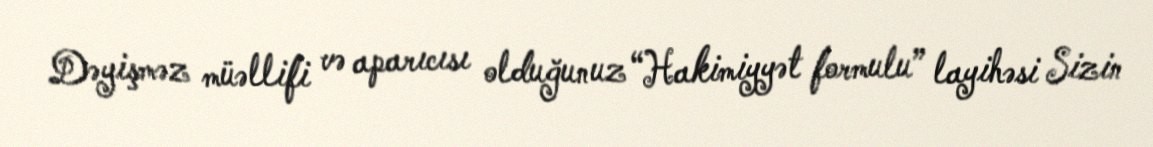
Dəyişməz müəllifi və aparıcısı olduğunuz “Hakimiyyət formulu” layihəsi Sizin